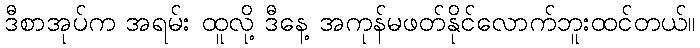
ဒီစာအုပ်က အရမ်း ထူလို့ ဒီနေ့ အကုန်မဖတ်နိုင်လောက်ဘူးထင်တယ်။